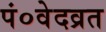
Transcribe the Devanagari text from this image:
पं०वेदव्रत